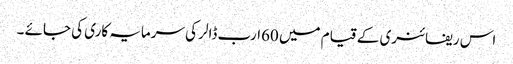
اس ریفائنری کے قیام میں 60ارب ڈالر کی سرمایہ کاری کی جائے ۔